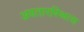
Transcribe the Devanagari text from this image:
अवतारस्थित्य